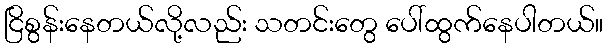
ငြိစွန်းနေတယ်လို့လည်း သတင်းတွေ ပေါ်ထွက်နေပါတယ်။